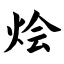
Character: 烩